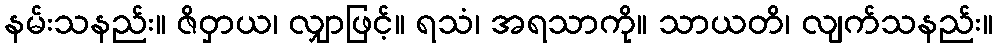
နမ်းသနည်း။ ဇိဝှာယ၊ လျှာဖြင့်။ ရသံ၊ အရသာကို။ သာယတိ၊ လျက်သနည်း။